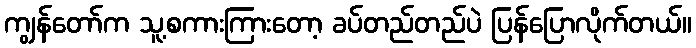
ကျွန်တော်က သူ့စကားကြားတော့ ခပ်တည်တည်ပဲ ပြန်ပြောလိုက်တယ်။